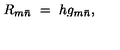
R _ { m { \bar { n } } } \ = \ h g _ { m { \bar { n } } } ,